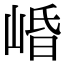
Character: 崏